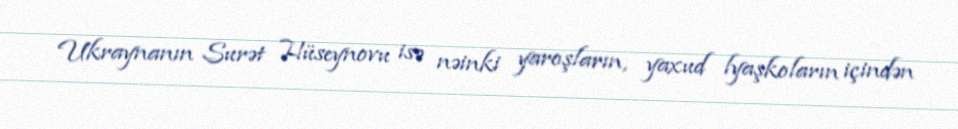
Ukraynanın Surət Hüseynovu isə nəinki yaroşların, yaxud lyaşkoların içindən